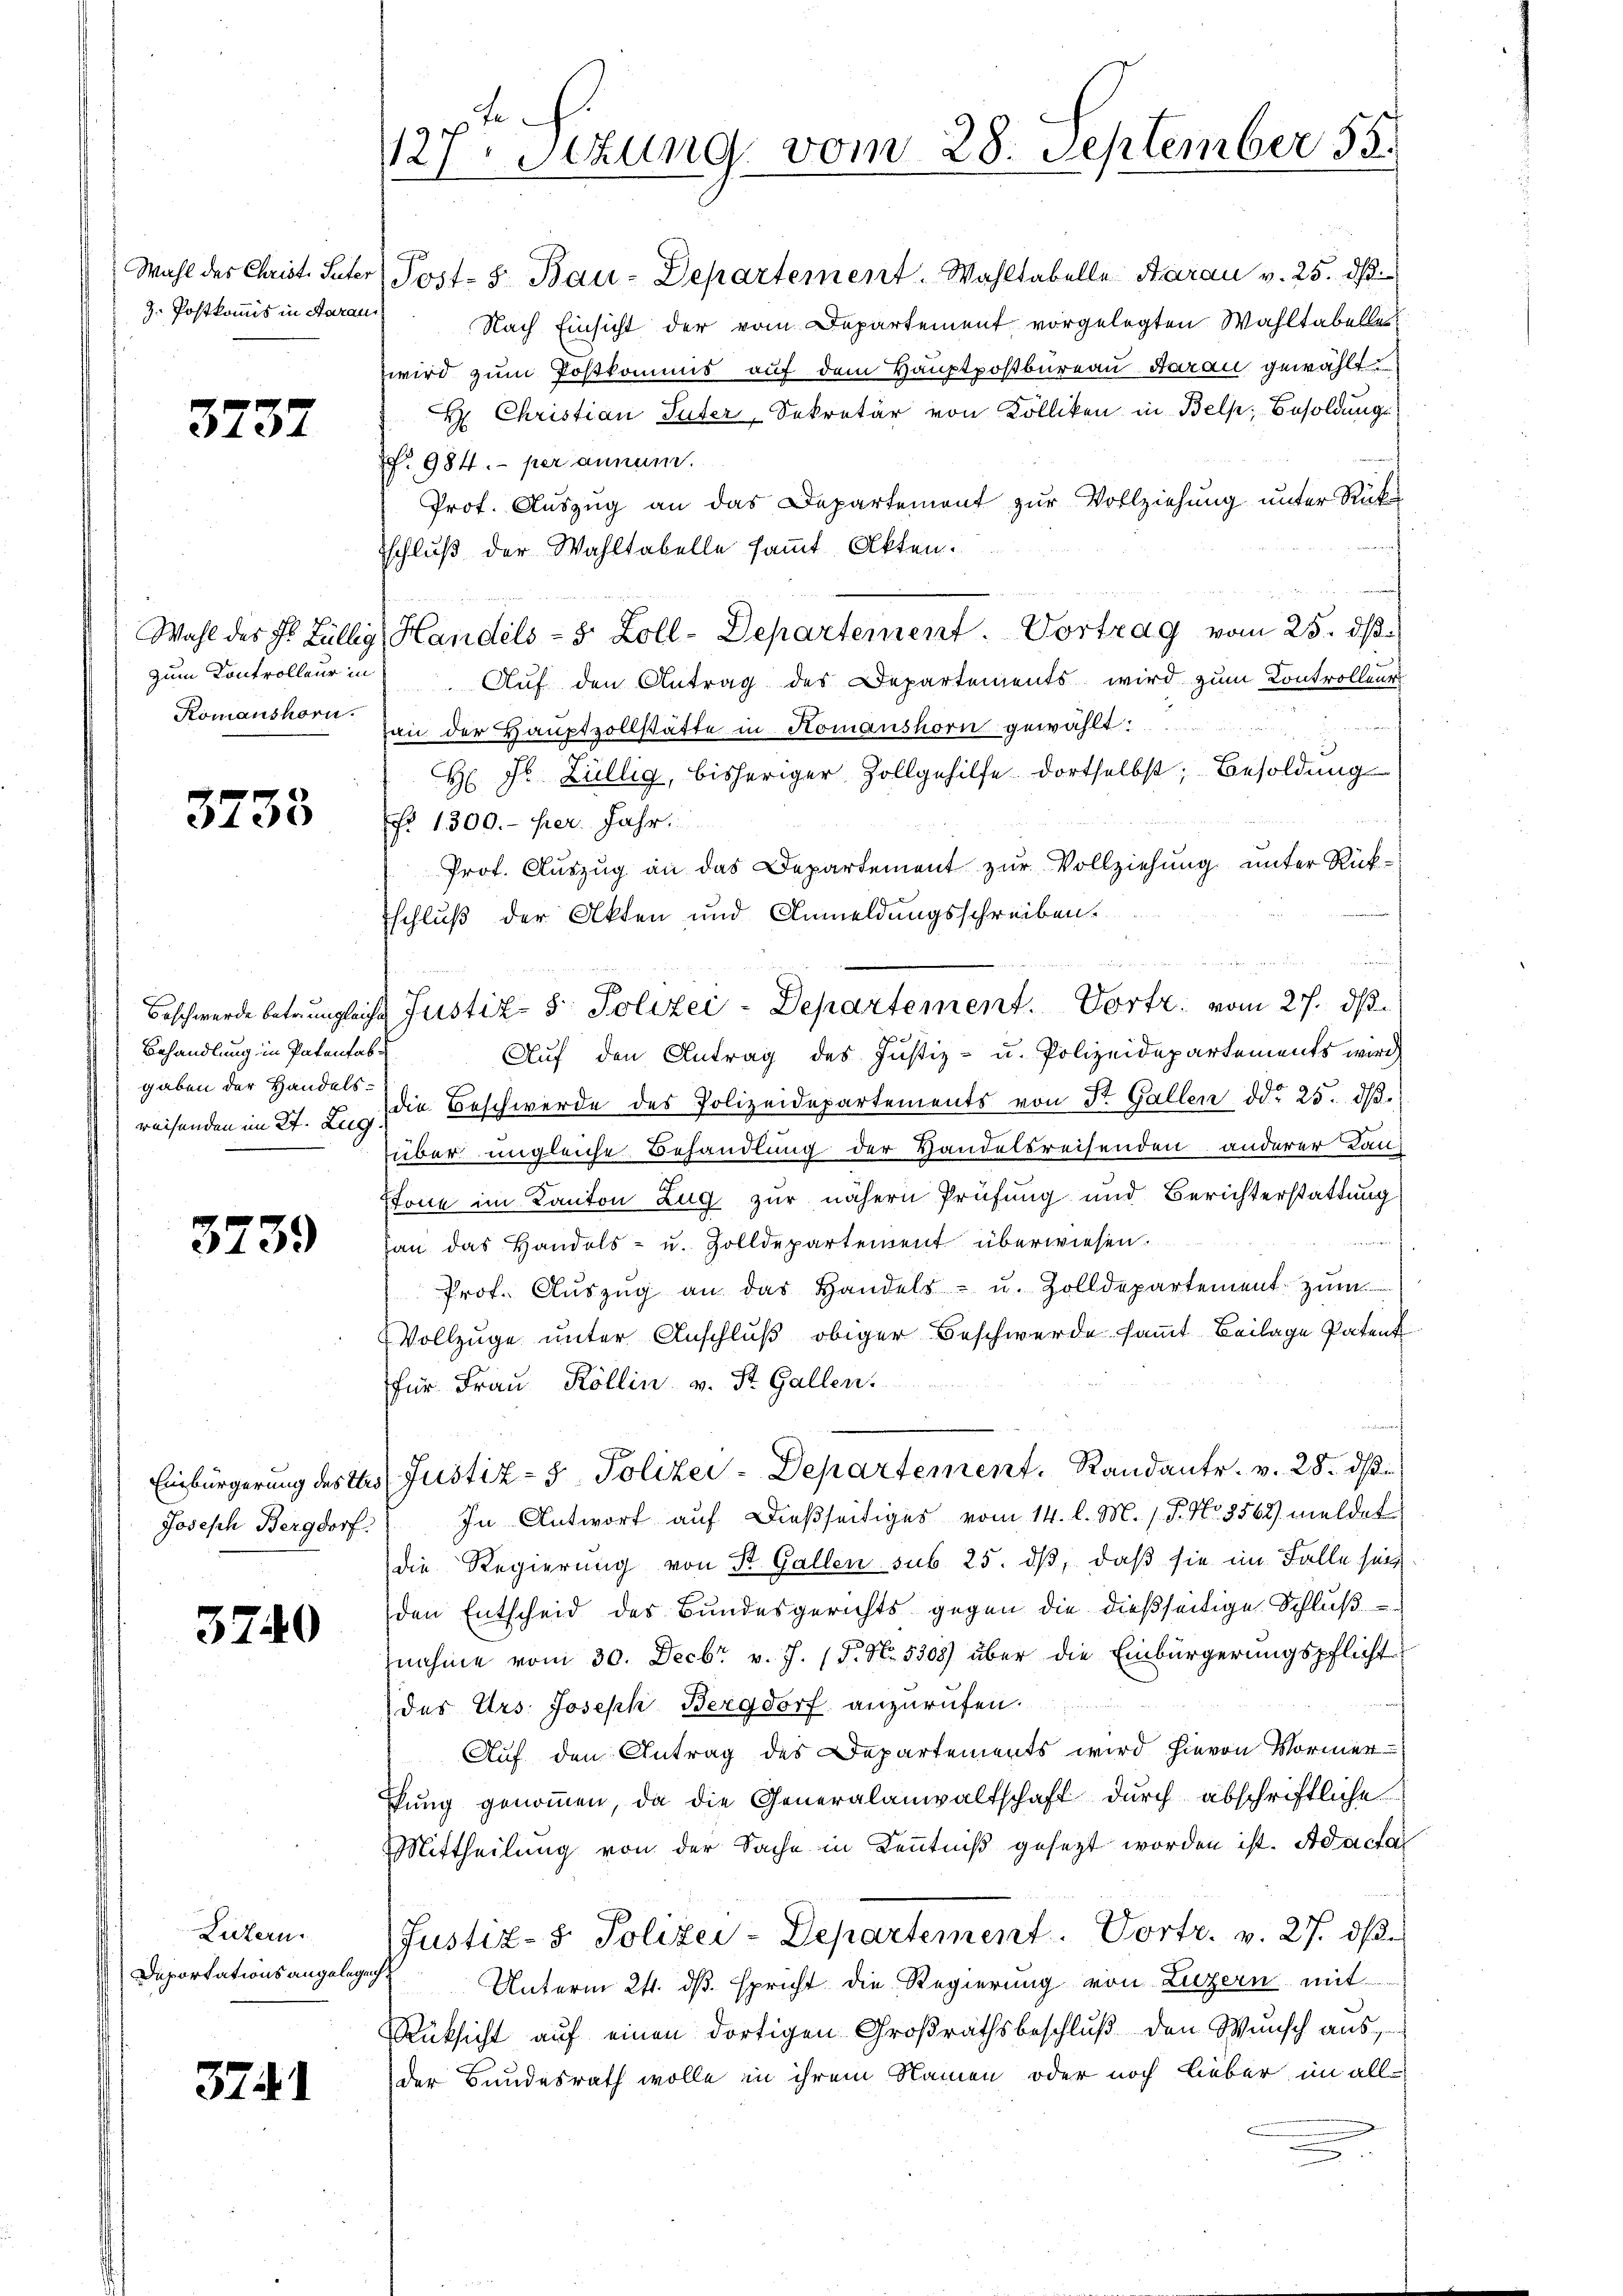
Wahl des Christ. Seiter
z. Postkommis in Aarau

35

Wahl des Hr. Züllig
zum Kontrolleur in
Romanshorn.

3733

Beschwerde betrungleich
Behandlung in Patentab.
gaben der Handelsreisenden im 27. Zug

3739

Einbürgerung des Thei
Joseph Bergdorf:

32

40

Luzern.
Daportationsangelegen

3741

127 Stzung vom 28. September 55.

Post- 5. Bau-Departement. Wahltabelle Aarau v. 25. dβ.
Nach Einsicht der vom Departement vorgelegten Wahltabelle
wird zum Postkommis auf dem Hauptpostbureau darau gewählt
H: Christian Suter, Sekretär von Kölliken in Bels; Besoldungs
. 984. per annum.
Prof. Auszug an das Departement zur Vollziehung unter Rück
tschluß der Wahltabelle sammt Akten.
Handels- & Zoll-Departement Vortrag vom 25. dβ.
Auf den Antrag des Departements wird zum Controlleng
n
pan der Hauptzollstätte in Komanshorn gewählt:
H Dr. Züllig, bisheriger Zollgehilfe dortselbst; Besoldung
f. 1300.- per. Jahr.
Prot. Auszug an das Departement zur Vollziehung unter Rück¬
Eschluß der Akten und Anmeldungsschreiben.
u
wendung in ein meine
Auf den Antrag des Justiz- u. Polizeidepartements wird
die Beschwerde des Polizeidepartements von St. Gallen ddo 25. dβ.
über ungleiche Behandlung der Handelsreisenden anderer Lan¬
Stone im Kanton Zug zur nähern Prüfung und Berichterstattung
4
han das Handels- u. Zolldepartement überwiesen.
Prof. Aŭszŭg an das Handels- u. Zolldepartement zum
Vollzuge unter Anschluß obiger Beschwerde sammt Beilage Patent
für Frau Köllin. v. St. Gallen.
Justiz- & Polizei-Departement, Randantr. v. 28. ds
In Antwort auf dießseitiges vom 14. l. M. (T. No 8562) meldet
die Regierung von St. Gallen sub 25. dß, daß sie im Falle sein
den Entscheid des Bundesgerichts gegen die dießseitige Schluß
nahme vom 30. Decbr v. J. 15. No. 5308) über die Einbürgerungspflicht
des Urs: Joseph Bergdorf anzurufen.
Auf den Antrag des Departements wird hievon Vormer
Pfung genommen, da die Generalanwaltschaft durch abschriftliche
Mittheilung von der Sache in Kenntniß gesezt worden ist. Ad acta
Justiz- & Polizei-Departement. Vortr. v. 27. ds.
Unterm 24. ds. spricht die Regierung von Luzern mit
Rüksicht auf einen dortigen Großrathsbeschluß den Wunsch aus
der Bundesrath wolle in ihrem Namen oder noch lieber im all

Justiz- & Polizei-Departement. Vorte: vom 27. ds.